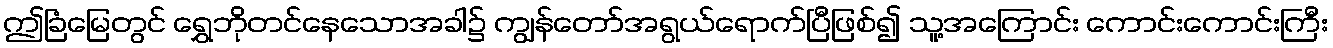
ဤခြံမြေတွင် ရွှေဘိုတင်နေသောအခါ၌ ကျွန်တော်အရွယ်ရောက်ပြီဖြစ်၍ သူ့အကြောင်း ကောင်းကောင်းကြီး